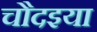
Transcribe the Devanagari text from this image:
चौदइया